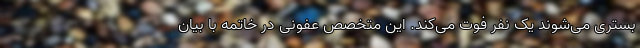
بستری می‌شوند یک نفر فوت می‌کند. این متخصص عفونی در خاتمه با بیان